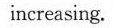
increasing.